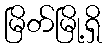
မြိတ်မြို့ရှိ